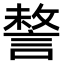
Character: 𧩥